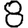
Digit: 8